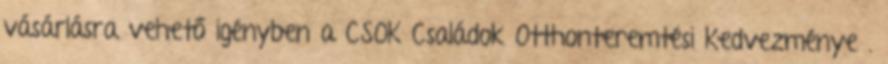
vásárlásra vehető igényben a CSOK Családok Otthonteremtési Kedvezménye .